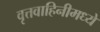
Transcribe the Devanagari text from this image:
वृत्तवाहिनीमध्ये